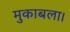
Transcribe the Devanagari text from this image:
मुकाबला।